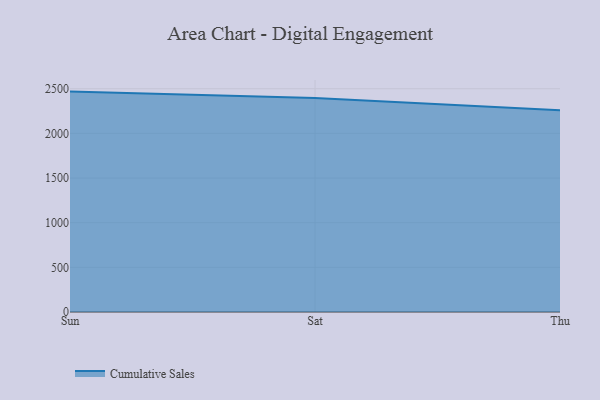
{"axis": {"x": "Day", "y": "Inventory Turnover"}, "legend": ["Cumulative Sales"], "data": [{"x": "Sun", "y": 2468.0, "type": "Cumulative Sales"}, {"x": "Sat", "y": 2397.5, "type": "Cumulative Sales"}, {"x": "Thu", "y": 2258.3, "type": "Cumulative Sales"}]}